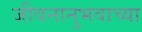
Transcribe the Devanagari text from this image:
जीवनानुभवाच्या